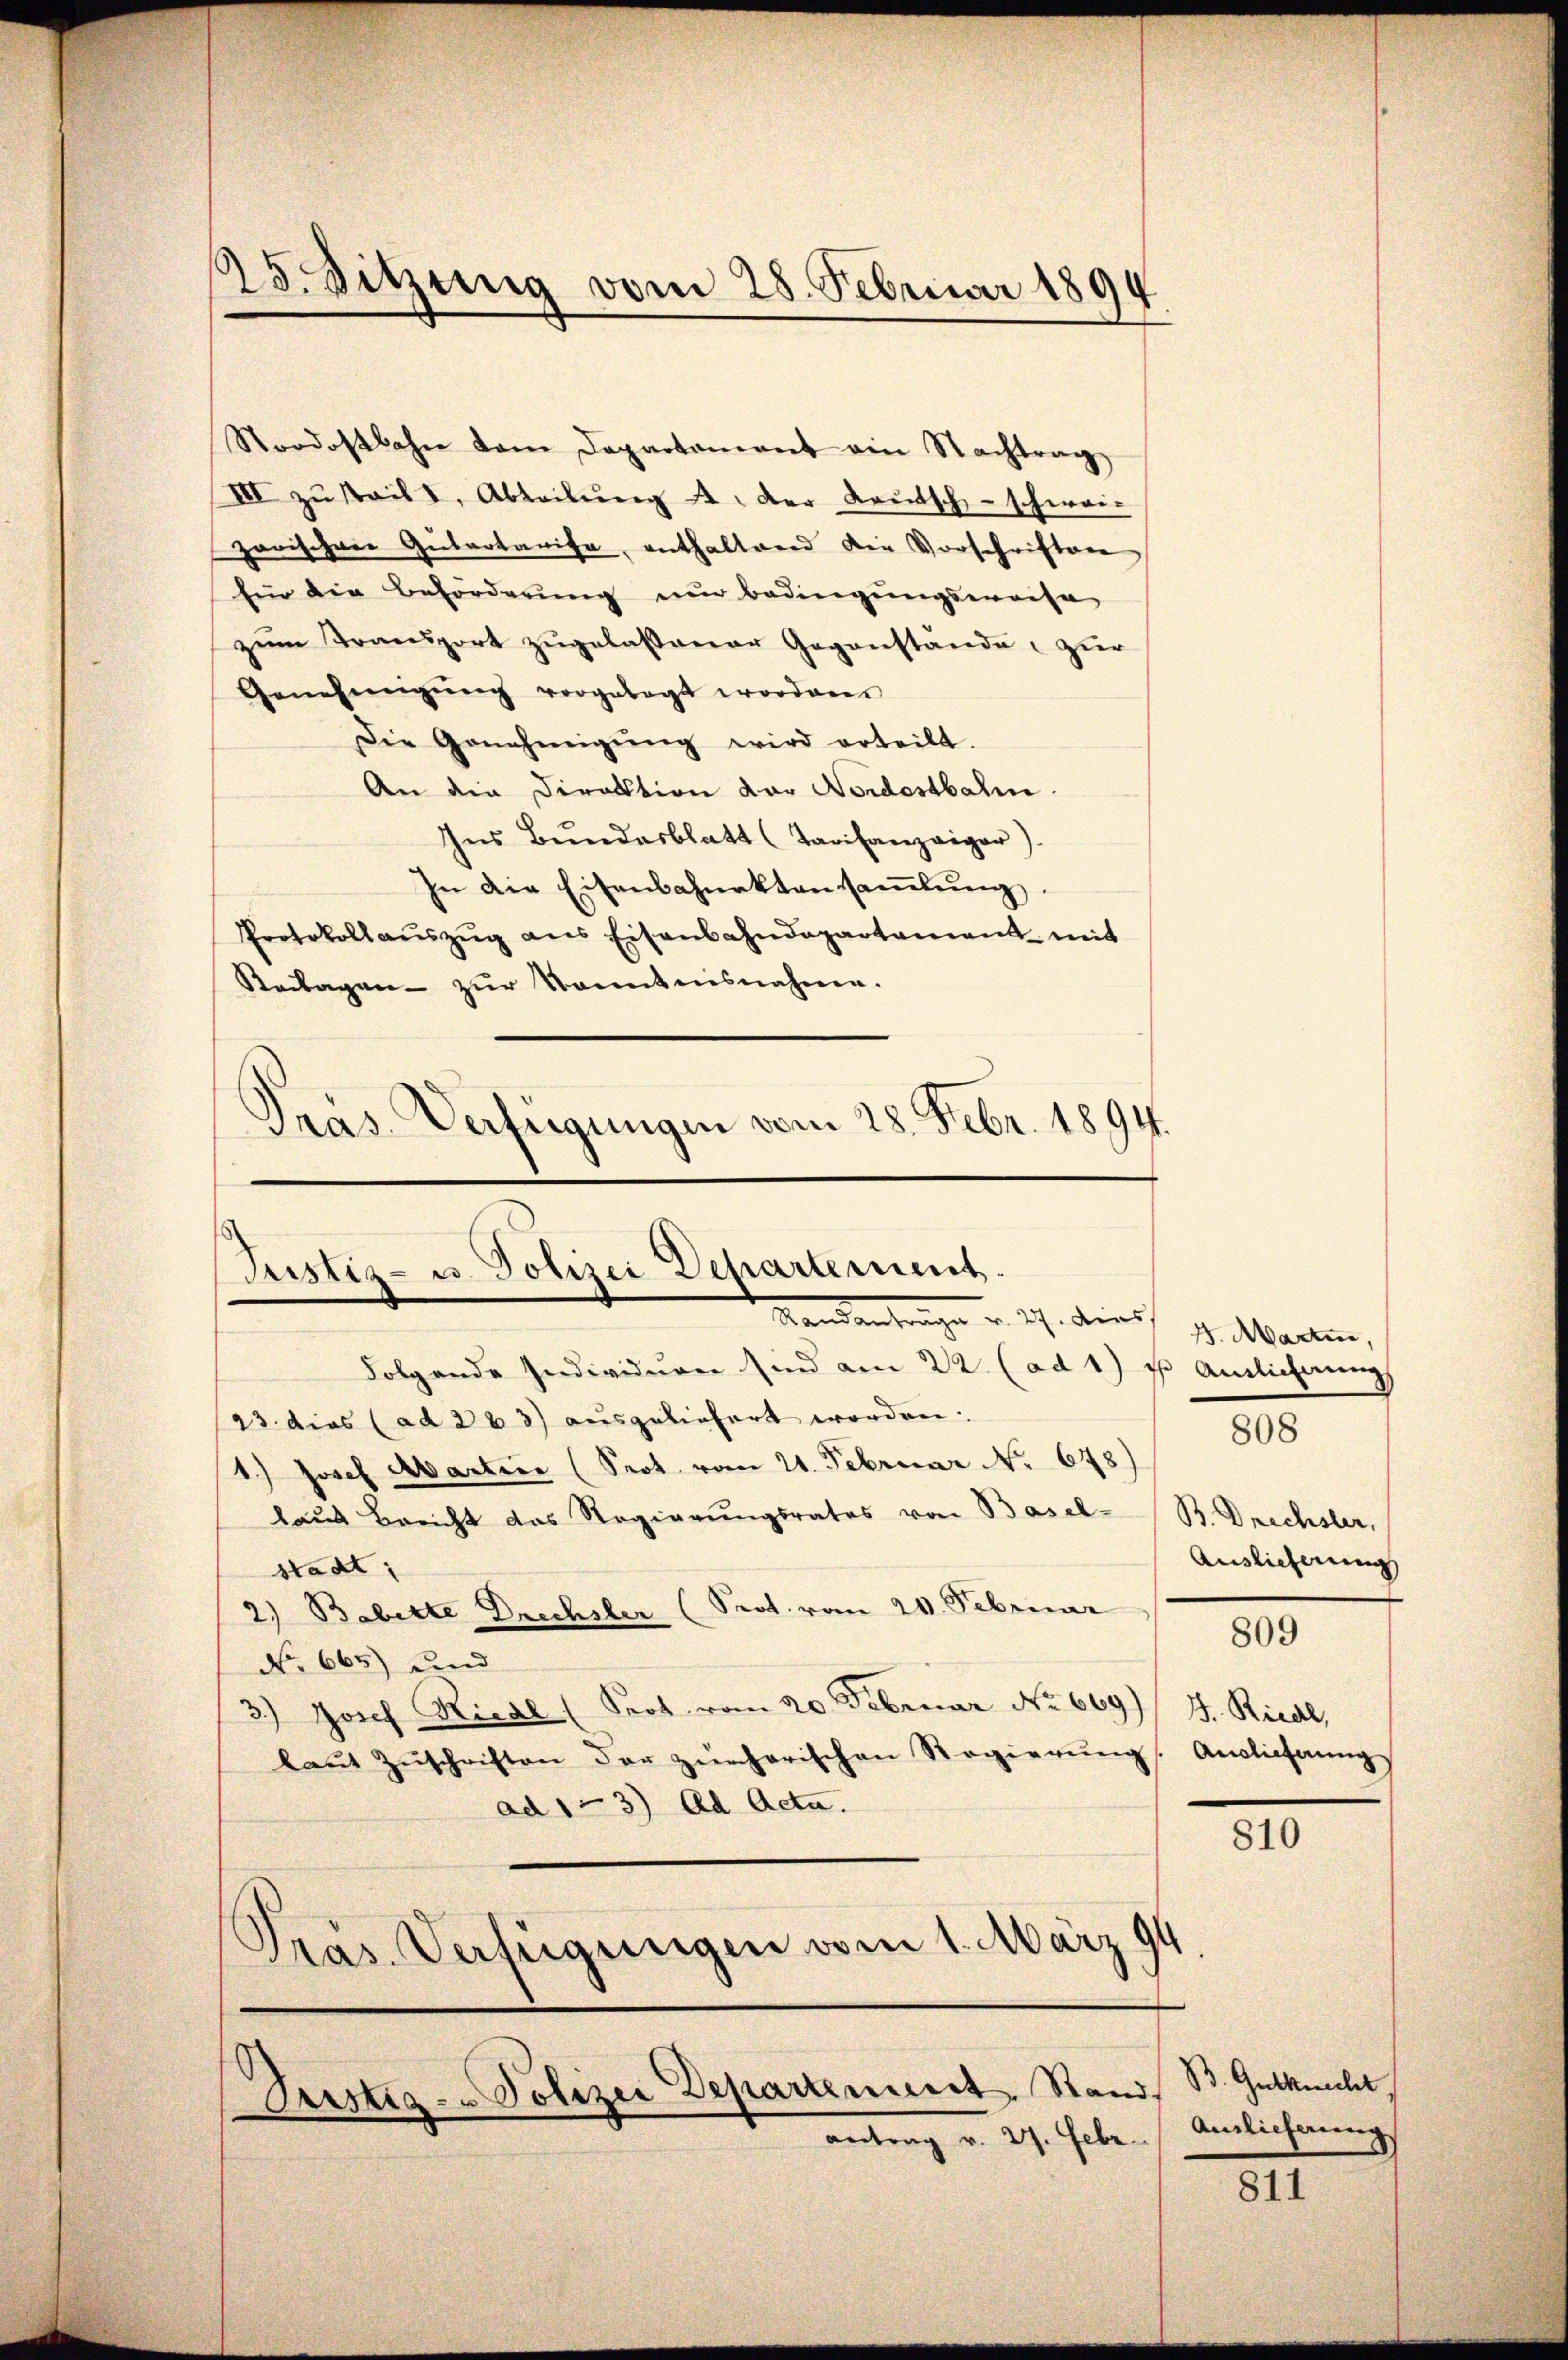
25. Sitzung vom 28. Februar 1894

Nordostbahn dem Departament ain Nachtrag
III zŭ stail I, Abteilŭng u. der Kautsch-schwei-
zorischen Gutartarife, enthaltend die Vorschriften
Eün die Beförderung nur bedingungsweise
zum Transport zugelassener Gegenstände zur
Genehmigŭng vorgelegt worden.
Die Genehmigŭng wird erteilt.
An die Direktion der Nordostbahn.
Ins Bundesblatt (Tarifanzeiger)
In die Eisenbahnaktensaṁlŭng.
Protokollaŭszŭg ans Eisenbahndepartement mit
Reilagen zŭr Kenntnisnahme.
Pras Verfügungen vom 28. Febr. 1894.

Justiz- u. Polizei Departement.
Kandenhange v. 27. dies

Justig - Polizei Departement, Stand,
antrag v. 27. Febr. (Auslieferung

Folgende Individuen sind am 22. (ad 1) u. Auslicherung
23. dies (ad 2 b 3) ausgeliefert worden.
1.) Josef Abarten (Prot. vom 21. Februar No 678)
laus Bericht das Regierungsrates von Basel- B. Drechster,
stadt:
2.) Babette Drechsler (Sept. vom 20. Februar
No 665) und
3.) Josef Riedl (Prot vom 20. Februar No 669.) J. Riedl,
laŭt Zŭschriften der zürcherischen Regierŭng. Auslieferŭng
ad 13) Ad Acta.
Pras. Verfügungen vom 1. März 194

1. Marten,
Auslieferung

808

809

810

B. Gutknecht

811